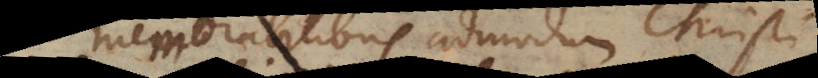
memorabilibus admodum Christi